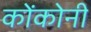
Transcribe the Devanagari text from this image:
कोंकोनी